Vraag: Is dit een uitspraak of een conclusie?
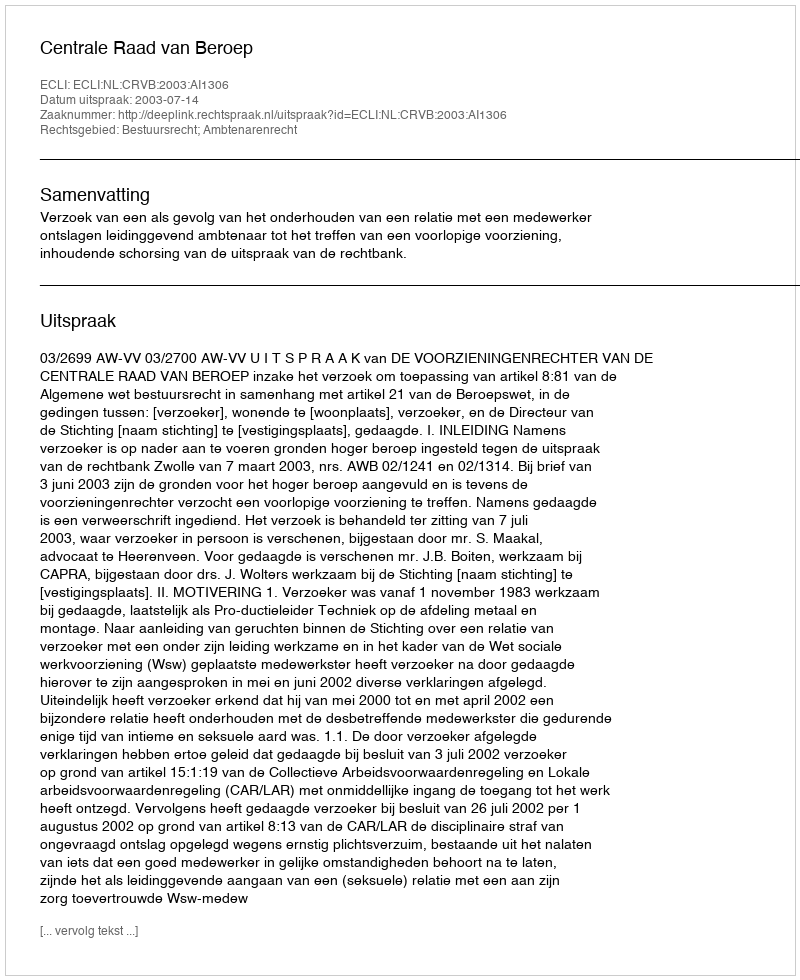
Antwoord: Uitspraak